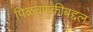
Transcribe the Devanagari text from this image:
पिळवणुकीबद्दल